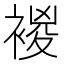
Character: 𧛝